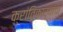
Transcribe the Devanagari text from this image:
क्रांतिकार्यांचा